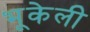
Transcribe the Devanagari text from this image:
भूकेली